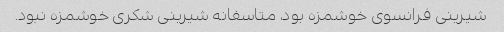
شیرینی فرانسوی خوشمزه بود، متاسفانه شیرینی شکری خوشمزه نبود.